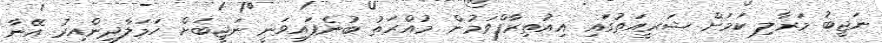
ނަޖީބު މަރާލި ކަމަށް ޝަރީއަތުގައި އިއުތިރާފްވަމުން މުއްރަތު ބުނެފައިވަނީ ނަޖީބަށް ހަމަލާދިންއިރު އޭނާ